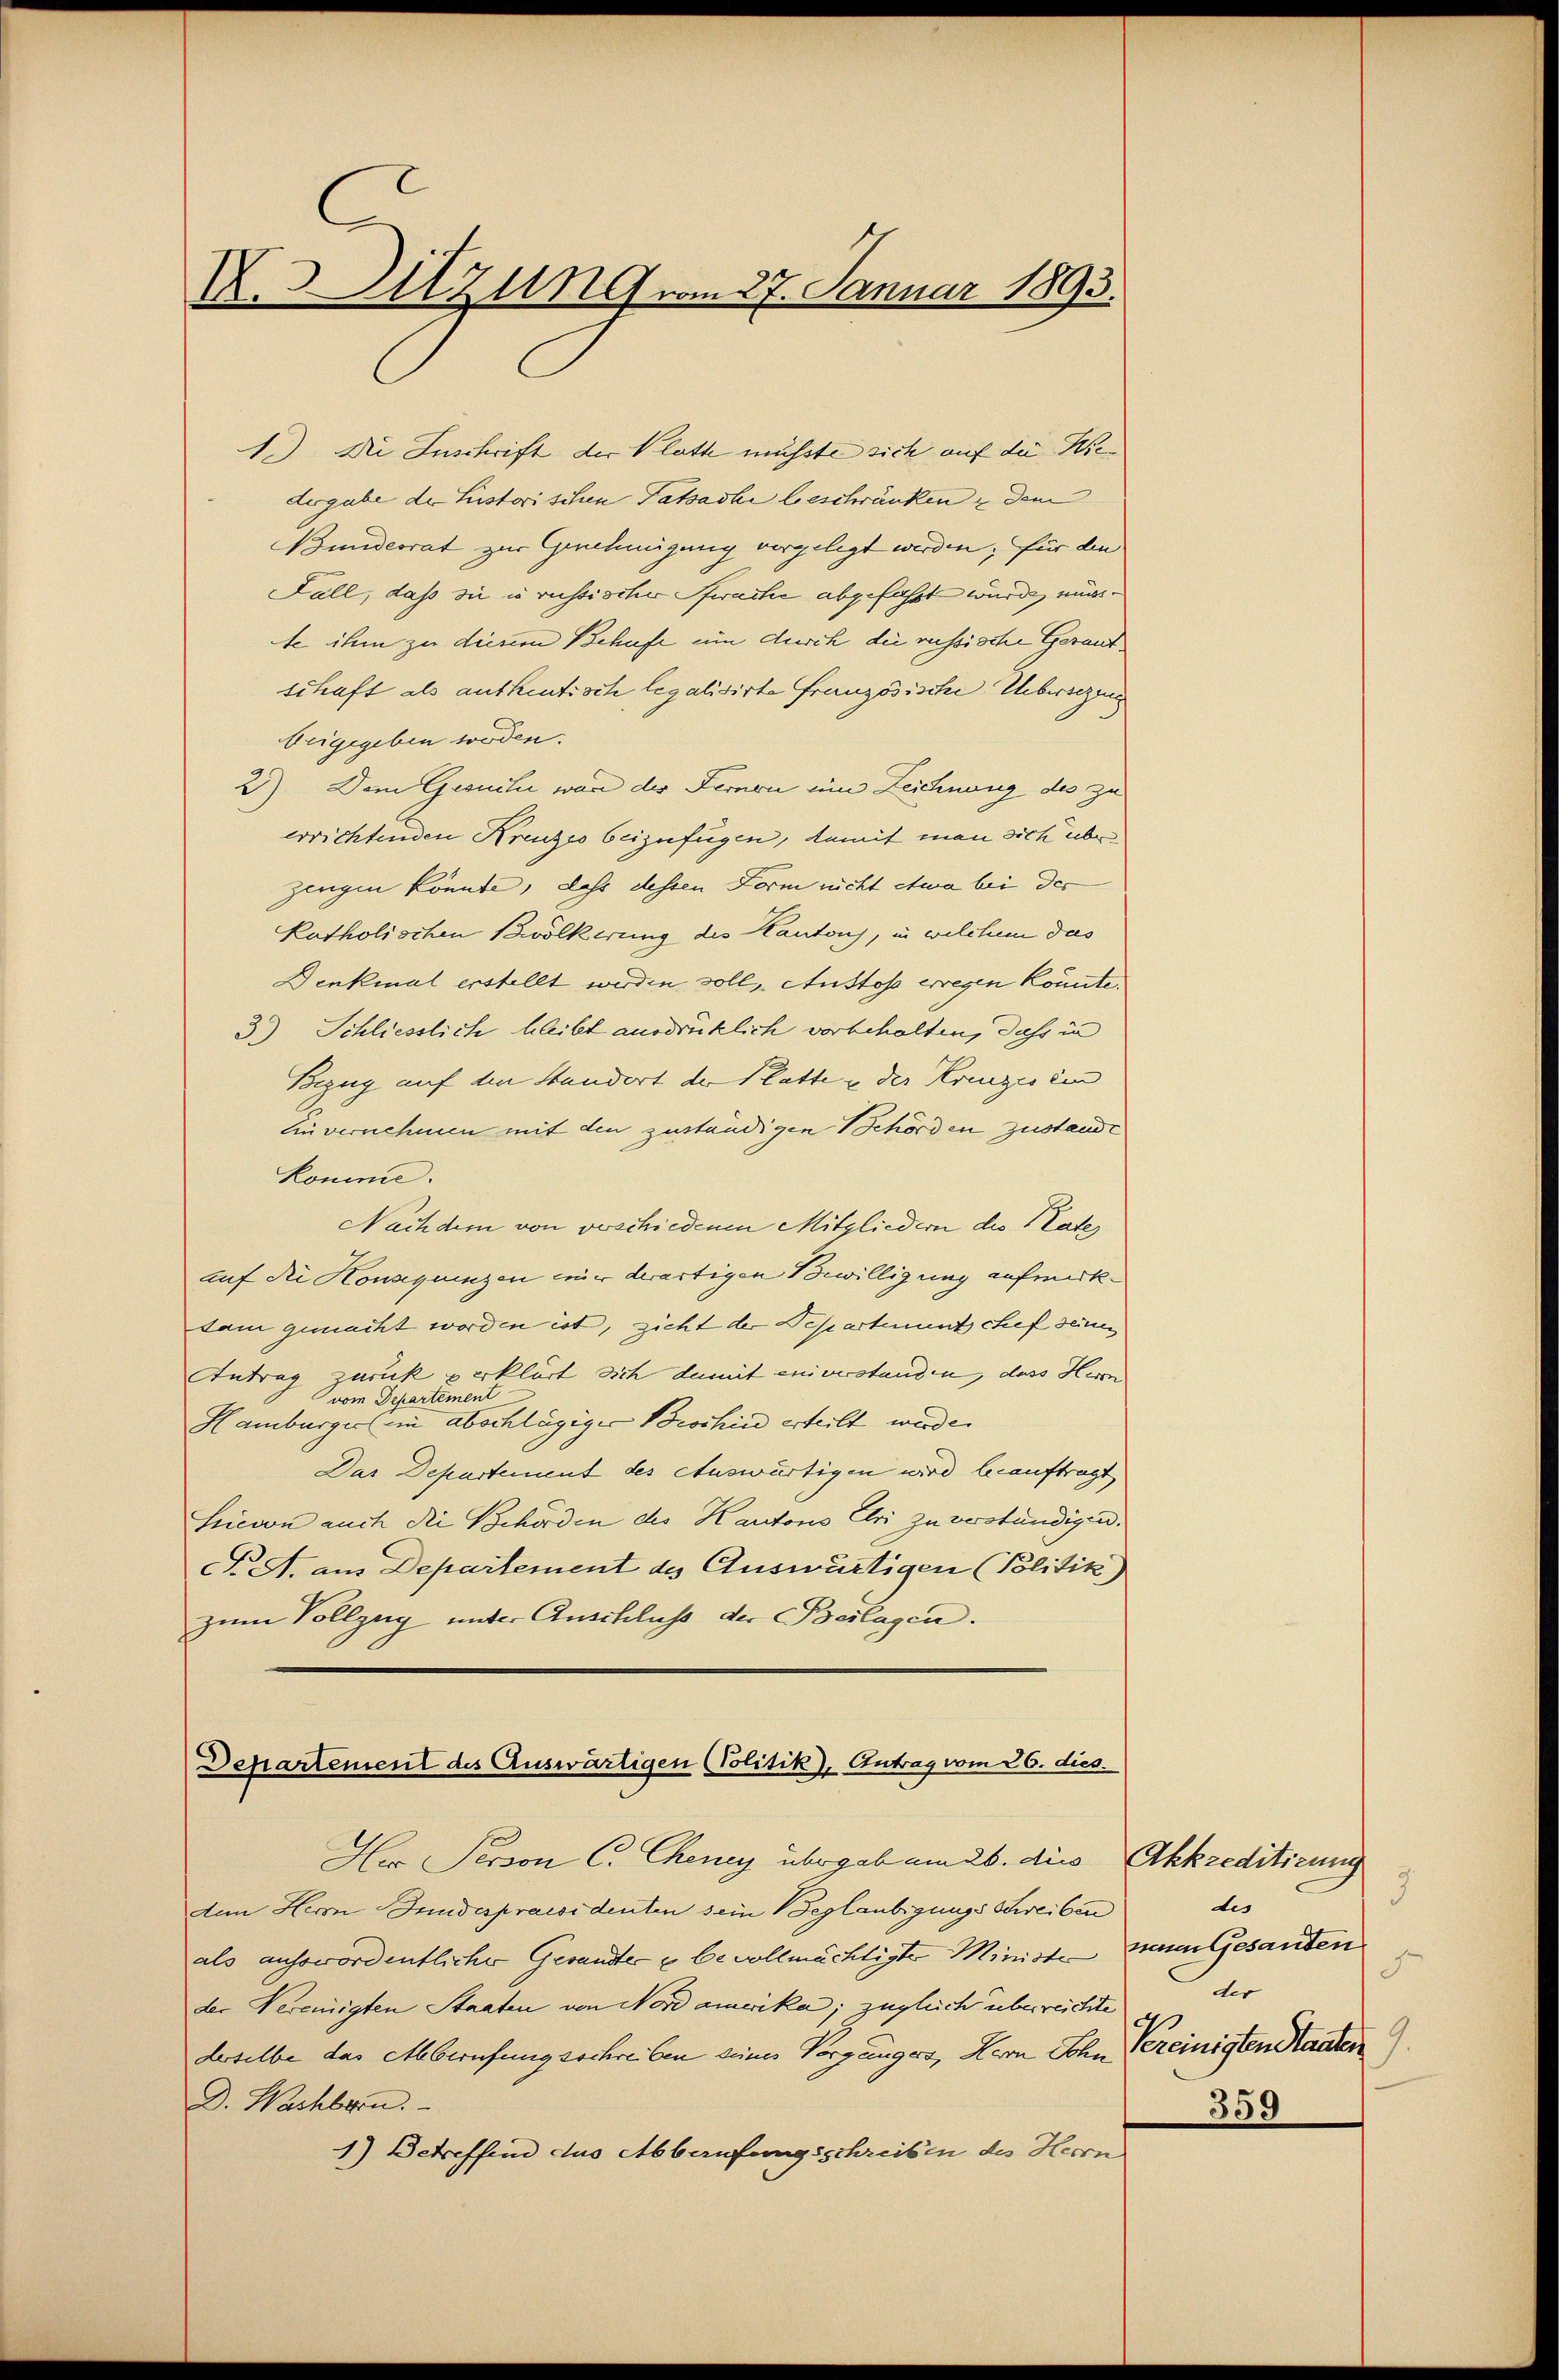
A.Sitzung vom 27. Januar 1893.

1.) Die Inschrift der Klasse müßte sich auf die Wiedergabe de Listorischen Tatsache beschränken & dem
Bundesrat zur Genehmigung vorgelegt werden; für den
Fall, daß sie in russischer Prache abgefaßt wurde, wurte ihm zu diesem Behufe um durch die russische Gerantschaft als authentisch legalisirte Französische Uebersezung
beigegeben worden.
2) Dem Gesuche war der Fernen ein Zeichnung des zu
errichtenden Kreuzes beizufügen, damit man sich überzingen könnte, dass dessen Form nicht etwa bei der
Katholischen Bevölkerung des Kantons, in welchem das
Denkmal erstellt werden soll, Austos erregen könnte.
3.) Schliesslich bleibt ausdrücklich vorbehalten, daß in
Bezug auf den Handort der Platte u. der Kreuzes ein
Ein vernehmen mit den zuständigen Behörden Zustande
komme.
Nachdem von voschiedenen Mitgliedern des Vater
auf die Honsequenzen einer derartigen Bewilligung aufmerkdam gemacht worden ist, zieht der Departement chef seinen
Antrag zurück verklärt sich damit enverstanden, dass Herrn
vom Departement
Hamburgers in abschlägiger Beschin erteilt werde.
Das Departement des Auswärtigen wird beauftragt
Hievon auch die Behörden des Kantons Chri zu verstündigen.
F. A. am Departement des Auswärtigen (Politik)
zum Vollzug unter Anschluß der Beilagen.

Departement des Auswärtigen (Politik, Antrag vom 26. dies.
Her Person C. Cheney übergab am 26. dies Akkreditirung

dem Herrn Bundespraesidenten sein Beglaubigungs Schreiben
als ausswordentlicher Gesandter u le vollmächtigte Ministe zum Gesanten
der Vereinigten Staaten von Nordamerika, zugleich überreichte
derselbe das Aberufungsschreiben seines Vorgängers, Herrn Sohn bereinigten Staaten
D. Wachbarn.
1) Betreffend das Abbernfragsschreiben des Herrn

des
der
e
359